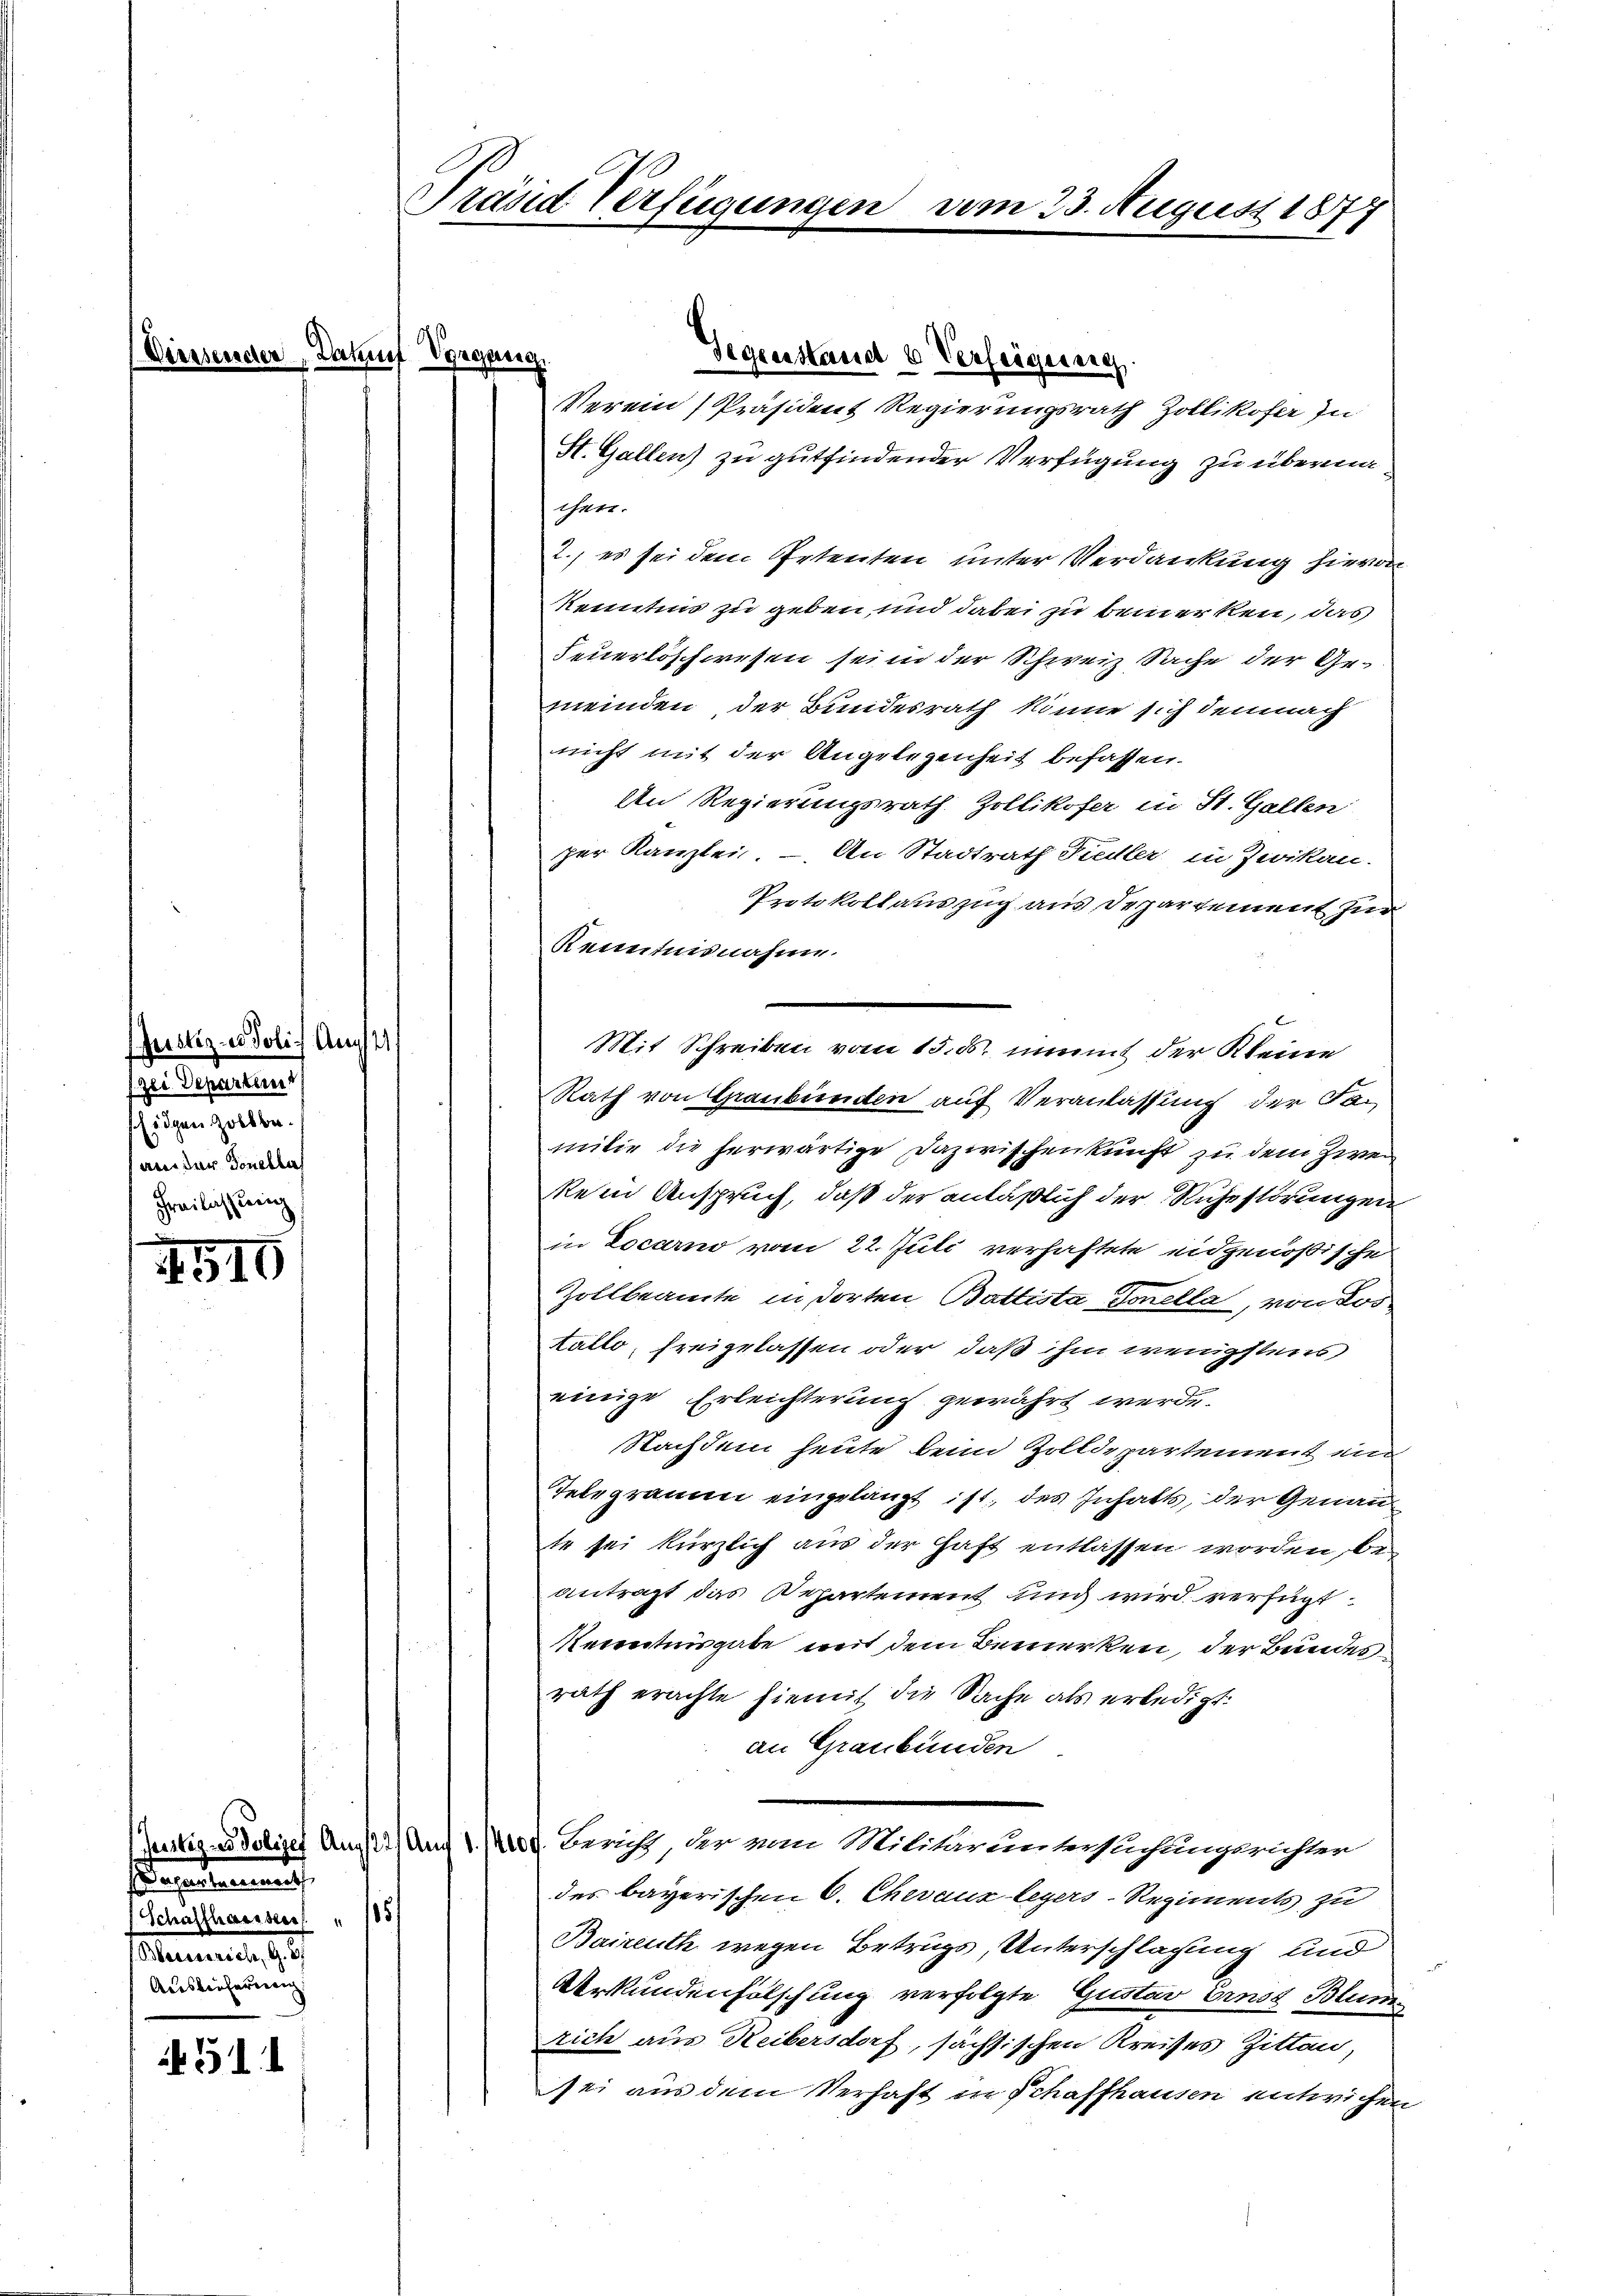
Die

Justiz - Polich Augst
Zei Departen
schigen Zollbean der Tonellas
Freilassung

110

31

Präsid Verfügungen vom 23. August 1877

sorgenommen.
s
2
Schaffhausser
Inmannes, 18
Adesbeiterung

Dakuf Vorgang

Verein Präsident Regierungsrath Zollikofer In
St. Gallen) zu gutfindender Verfügung zu übermachen.
2., es sei dem Petenten unter Verdankung hievon
kennten zu geben und dabei zu bemerken, das
Feuerloschwesen sei in der Schweiz Sache der Ge-
meinden, der Bundesrath könne sich demnach
nicht mit der Angelegenheit befassen.
den Regierungsrath Zollikofer in St. Gallen
per Kanzlei. — An Stadtrath Fiedler in Zwikan-
Protokollauszug aus Departement zur
Kenntnisnahme.
Rath von Graubünden auf Veranlassung der Familie die herwärtige Dazwischenkunft zu dem Zwei
kein Anspruch, daß der anläßlich der Ruhestörungen
in Locarno vom 22. Juli verhaftete eidgenößische
Zollbeamte in dorten Battista donella, von Los¬
Kallo, freigelassen oder, daß ihm wenigstens
einige Erleichterung gewährt werde.
Nachdem heute beim Zolldepartement ein
Telegramm eingelangt ist; des Inhalts, der Genau
te sei kürzlich aus der Haft entlassen worden, beantragt das Departement und wird verfügt
Kerentnisgabe weit dem Bemerken, der Bundesrath erachte hiemit die Sache als erledigt:
an Graubünden
ustiz - Polizef Aug. Am 1. Prof. Bericht, der vom Militaruntersuchungsrichter
des bayerischen C. Chevaux legers-Regiments zu
Baireuth wegen Betrugs, Unterschlagung und
Urkundenfalschung verfolgte Gustav Ernst Blumen
rich aus Reibersdorf, sächsischen Kreises Zitten,
sei aus dem Verhaft in Schaffhausen entwichen

Gegenstand u Verfeigung.

Mit Schreiben vom 15. ds. mit der Kleine